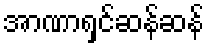
အာဏာရှင်ဆန်ဆန်